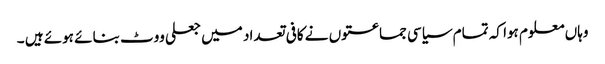
وہاں معلوم ہوا کہ تمام سیاسی جماعتوں نے کافی تعداد میں جعلی ووٹ بنائے ہوئے ہیں ۔